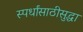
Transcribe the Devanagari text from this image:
स्पर्धांसाठीसुद्धा